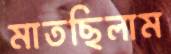
মাতছিলাম